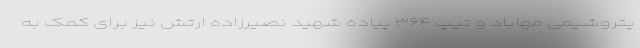
پتروشیمی مهاباد و تیپ ۳۶۴ پیاده شهید نصیرزاده ارتش نیز برای کمک به